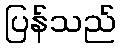
ပြန်သည်